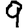
Digit: 9